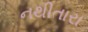
નથીતારા